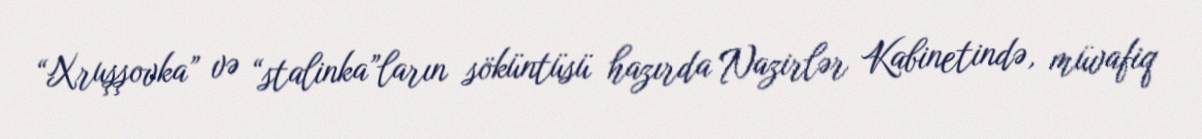
“Xruşşovka” və “stalinka”ların söküntüsü hazırda Nazirlər Kabinetində, müvafiq